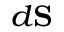
\scriptstyle d \mathbf { S }